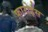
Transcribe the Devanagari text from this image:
फ़ारोईस